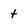
Character: t